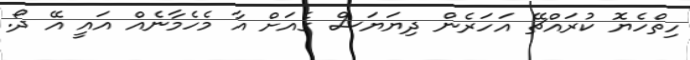
ހިތްހެޔޮ ކުރައްޗޭ އަހަރެން ދިޔަޔަސް ގެއަށް އާ މެހެމާނެއް އައީ އޭ ދޯ.